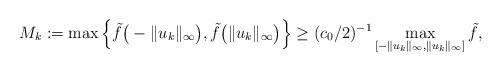
LaTeX: \begin{align*}M_k:=\max \Big\{\tilde{f}\big(-\|u_k\|_{\infty}\big),\tilde{f}\big(\|u_k\|_{\infty}\big)\Big\} \ge (c_0/2)^{-1}\max_{[-\|u_k\|_{\infty},\|u_k\|_{\infty}]}\tilde{f},\end{align*}